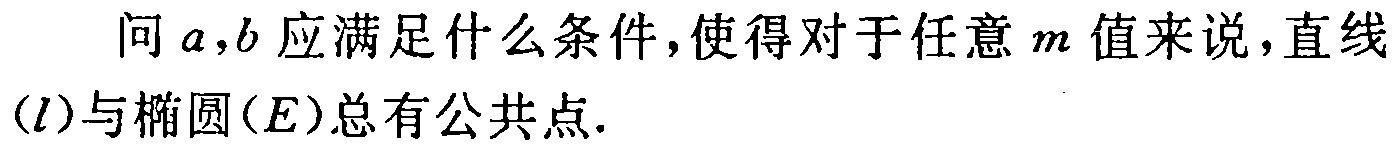
问\(a,b\)应满足什么条件，使得对于任意\(m\)值来说，直线\((l)\)与椭圆\((E)\)总有公共点.